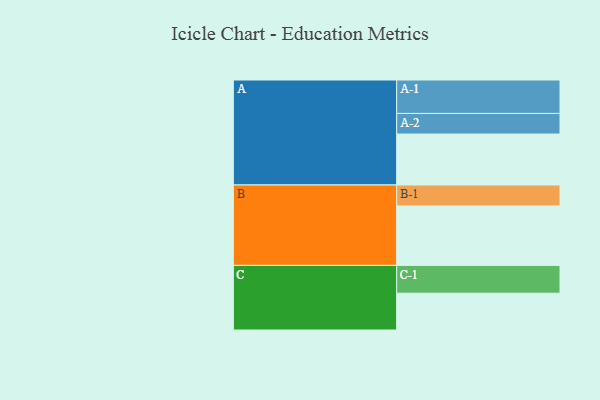
{"axis": {"x": "Segment", "y": "Value"}, "legend": ["", "A", "B", "C"], "data": [{"x": "A", "y": 425, "type": ""}, {"x": "B", "y": 496, "type": ""}, {"x": "C", "y": 307, "type": ""}, {"x": "A-1", "y": 279, "type": "A"}, {"x": "A-2", "y": 172, "type": "A"}, {"x": "B-1", "y": 175, "type": "B"}, {"x": "C-1", "y": 232, "type": "C"}]}